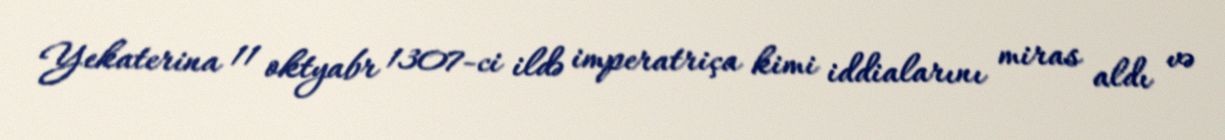
Yekaterina 11 oktyabr 1307-ci ildə imperatriça kimi iddialarını miras aldı və